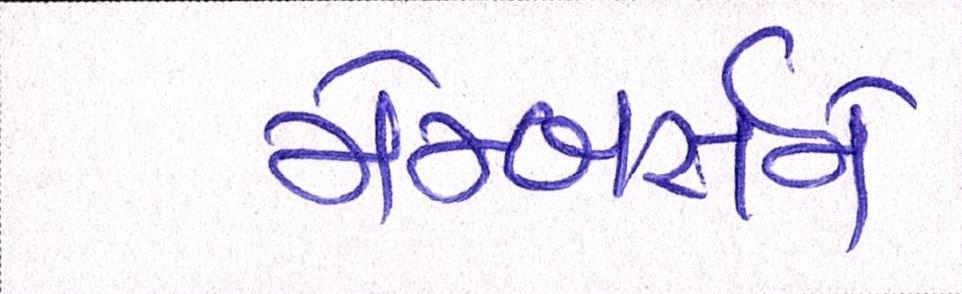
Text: મેમ્બર્સને